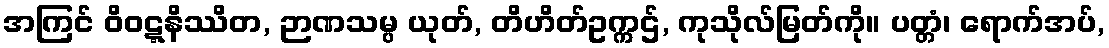
အကြင် ဝိဝဋ္ဋနိဿိတ, ဉာဏသမ္ပ ယုတ်, တိဟိတ်ဥက္ကဌ်, ကုသိုလ်မြတ်ကို။ ပတ္တံ၊ ရောက်အပ်,